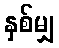
နှစ်မျှ